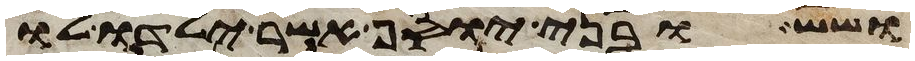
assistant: ושש ובני יוסף אשר ילדו לו